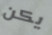
يكن